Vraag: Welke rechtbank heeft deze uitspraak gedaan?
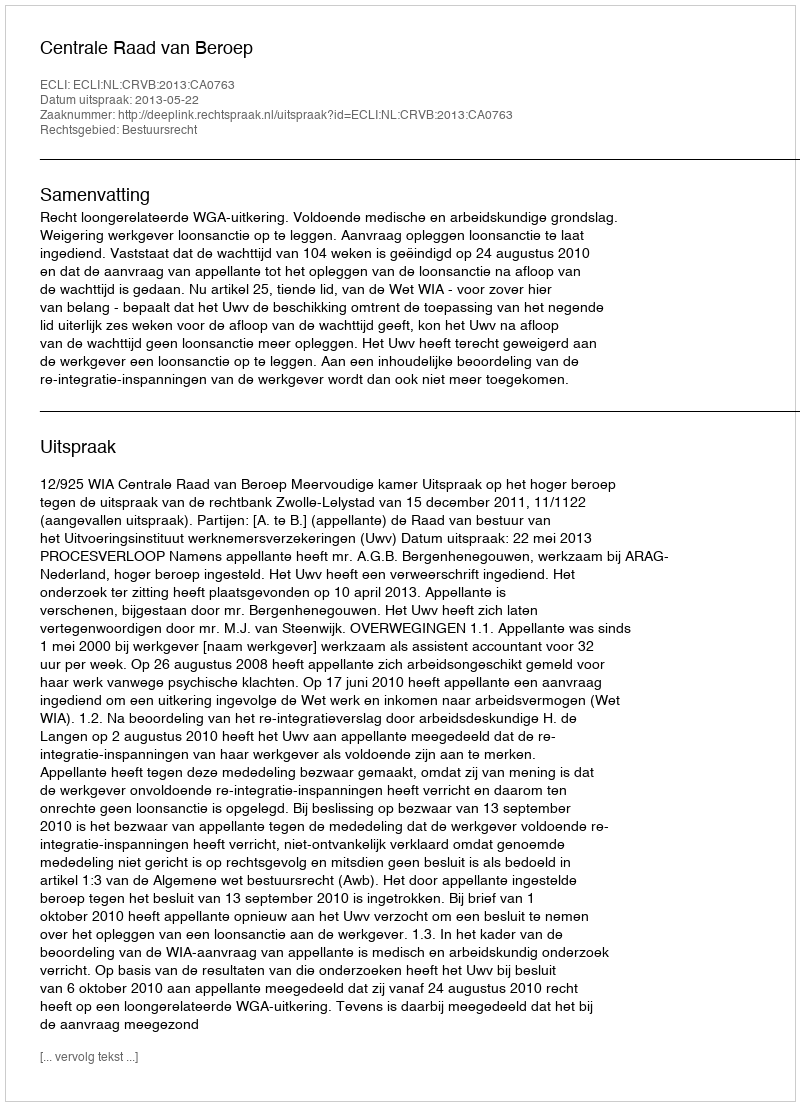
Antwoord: Centrale Raad van Beroep